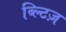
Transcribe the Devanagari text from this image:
ब्ल्टिज़